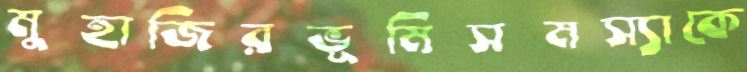
মুহাজিরভূমিসমস্যাকে